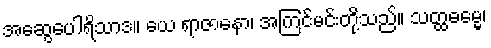
အဆွေပေါရိသာဒ။ ယေ ရာဇာနော၊ အကြင်မင်းတို့သည်။ သတ္ထဓမ္မေ၊